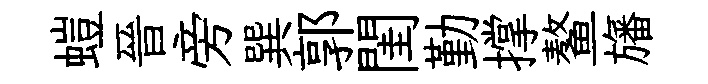
螘晉旁巽郭閨勤撑鳌旛